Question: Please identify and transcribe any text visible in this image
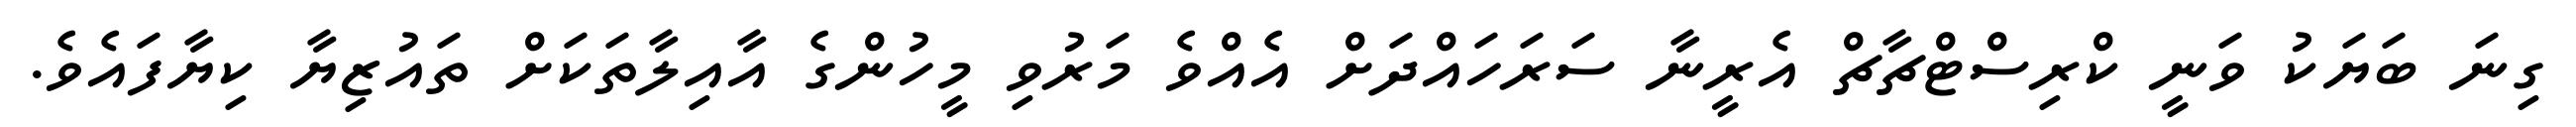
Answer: ގިނަ ބަޔަކު ވަނީ ކްރިސްޓްޗާޗް އެރީނާ ސަރަހައްދަށް އެއްވެ މަރުވި މީހުންގެ އާއިލާތަކަށް ތައުޒިޔާ ކިޔާފައެވެ.